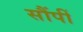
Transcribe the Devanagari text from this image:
सौंपीं